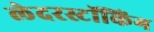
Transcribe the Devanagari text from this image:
लेदरस्टॉकिंग